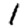
Digit: 1